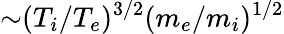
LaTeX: {\sim}(T_{i}/T_{e})^{3/2}(m_{e}/m_{i})^{1/2}